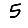
Digit: 5